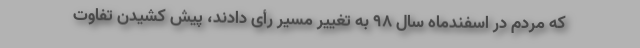
که مردم در اسفندماه سال 98 به تغییر مسیر رأی دادند، پیش کشیدن تفاوت